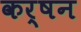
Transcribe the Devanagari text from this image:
कर्षन